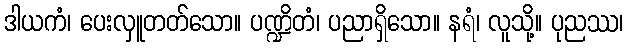
ဒါယကံ၊ ပေးလှူတတ်သော။ ပဏ္ဍိတံ၊ ပညာရှိသော။ နရံ၊ လူသို့။ ပုညဿ၊